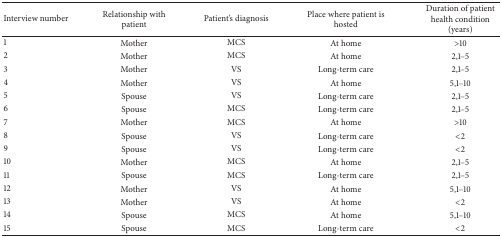
<table><thead><tr><td><b>Interview number</b></td><td><b>Relationship with patient</b></td><td><b>Patient&#x27;s diagnosis</b></td><td><b>Place where patient is hosted</b></td><td><b>Duration of patient health condition (years)</b></td></tr></thead><tbody><tr><td>1</td><td>Mother</td><td>MCS</td><td>At home</td><td>&gt;10 </td></tr><tr><td>2</td><td>Mother</td><td>MCS</td><td>At home</td><td>2,1–5</td></tr><tr><td>3</td><td>Mother </td><td>VS</td><td>Long-term care</td><td>2,1–5</td></tr><tr><td>4</td><td>Mother</td><td>VS</td><td>At home</td><td>5,1–10</td></tr><tr><td>5</td><td>Spouse</td><td>VS</td><td>Long-term care</td><td>2,1–5</td></tr><tr><td>6</td><td>Spouse</td><td>MCS</td><td>Long-term care</td><td>2,1–5</td></tr><tr><td>7</td><td>Mother</td><td>MCS</td><td>At home</td><td>&gt;10</td></tr><tr><td>8</td><td>Spouse</td><td>VS</td><td>Long-term care</td><td>&lt;2</td></tr><tr><td>9</td><td>Spouse</td><td>VS</td><td>Long-term care</td><td>&lt;2</td></tr><tr><td>10</td><td>Mother</td><td>MCS</td><td>At home</td><td>2,1–5</td></tr><tr><td>11</td><td>Spouse</td><td>MCS</td><td>Long-term care</td><td>2,1–5</td></tr><tr><td>12</td><td>Mother</td><td>VS</td><td>At home</td><td>5,1–10</td></tr><tr><td>13</td><td>Mother</td><td>VS</td><td>At home</td><td>&lt;2</td></tr><tr><td>14</td><td>Spouse</td><td>MCS</td><td>At home</td><td>5,1–10</td></tr><tr><td>15</td><td>Spouse</td><td>MCS</td><td>Long-term care</td><td>&lt;2</td></tr></tbody></table>